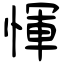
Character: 惲